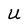
Character: U